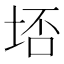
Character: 𭎟